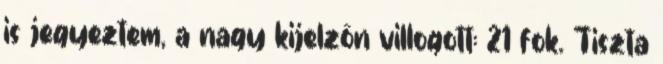
is jegyeztem, a nagy kijelzőn villogott: 21 fok. Tiszta